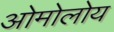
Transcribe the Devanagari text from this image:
ओमोलोय